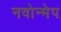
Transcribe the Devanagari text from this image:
नवोन्मेप